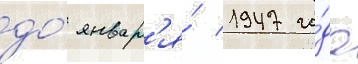
до́ январ'я́ 1947 го́да